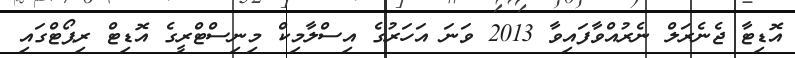
އޮޑިޓާ ޖެނެރަލް ނެރުއްވާފައިވާ 2013 ވަނަ އަހަރުގެ އިސްލާމިކް މިނިސްޓްރީގެ އޮޑިޓް ރިޕޯޓްގައި